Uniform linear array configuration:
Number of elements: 64
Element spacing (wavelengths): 0.25
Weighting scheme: hamming
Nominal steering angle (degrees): -45
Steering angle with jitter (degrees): -44.245
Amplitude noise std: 0.05
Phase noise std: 0.05

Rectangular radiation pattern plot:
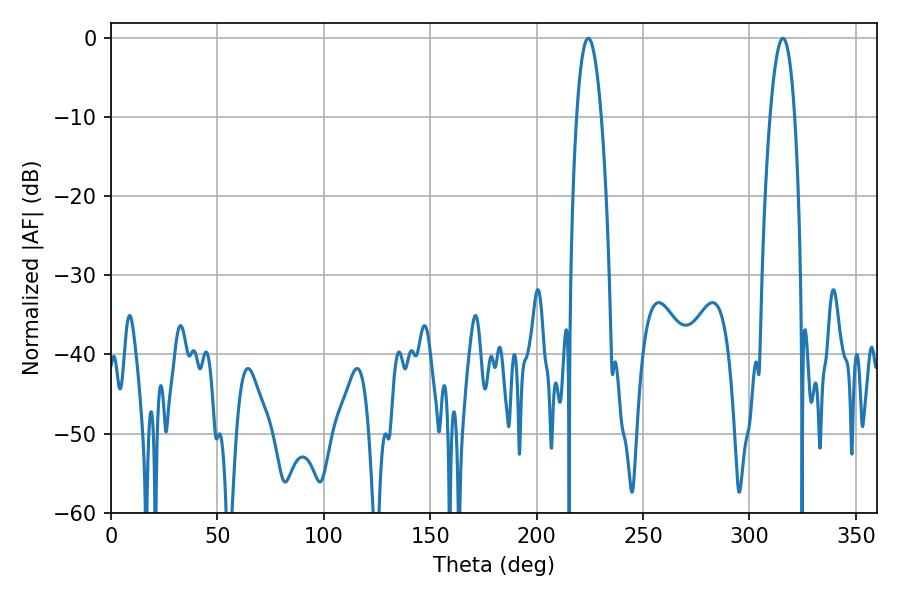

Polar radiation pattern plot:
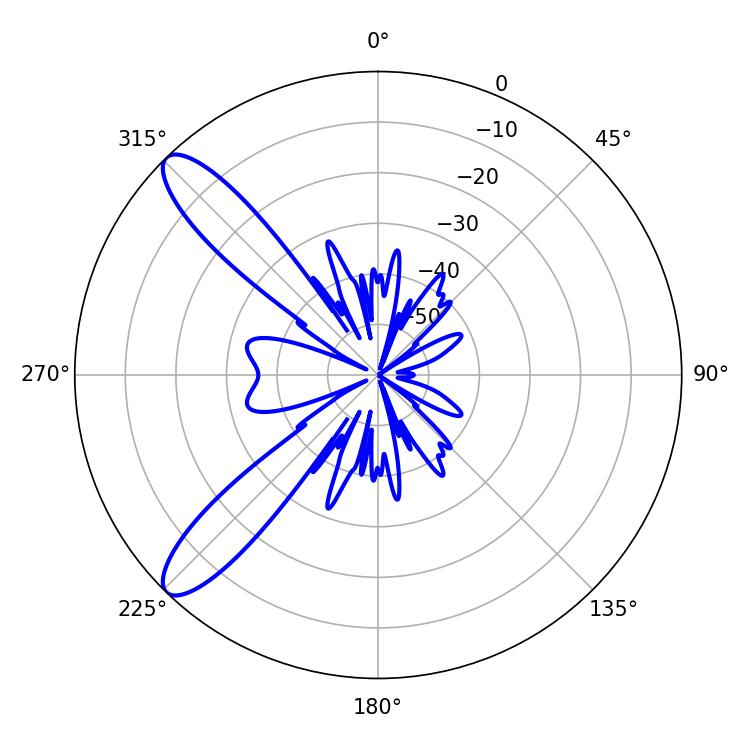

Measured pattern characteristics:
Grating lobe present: FALSE
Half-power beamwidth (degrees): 6.3
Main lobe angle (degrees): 224.28